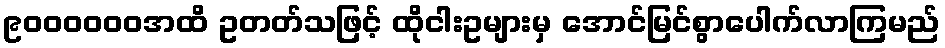
၉၀၀၀၀၀၀အထိ ဥတတ်သဖြင့် ထိုငါးဥများမှ အောင်မြင်စွာပေါက်လာကြမည်